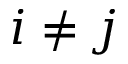
i \neq j